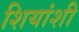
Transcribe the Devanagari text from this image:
शियांशी